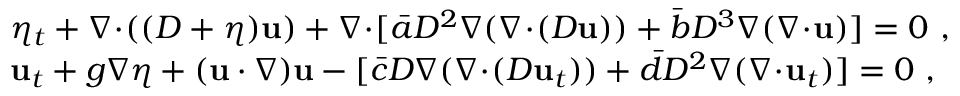
\begin{array} { r l } & { \eta _ { t } + \nabla \! \cdot \! ( ( D + \eta ) \mathbf { u } ) + \nabla \! \cdot \! [ \bar { a } D ^ { 2 } \nabla ( \nabla \! \cdot \! ( D \mathbf { u } ) ) + \bar { b } D ^ { 3 } \nabla ( \nabla \! \cdot \! \mathbf { u } ) ] = 0 \ , } \\ & { \mathbf { u } _ { t } + g \nabla \eta + ( \mathbf { u } \cdot \nabla ) \mathbf { u } - [ \bar { c } D \nabla ( \nabla \! \cdot \! ( D \mathbf { u } _ { t } ) ) + \bar { d } D ^ { 2 } \nabla ( \nabla \! \cdot \! \mathbf { u } _ { t } ) ] = 0 \ , } \end{array}